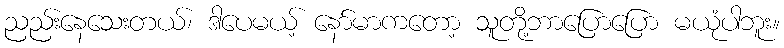
ညည်းနေသေးတယ်၊ ဒါပေမယ့် နော်မာကတော့ သူတို့ဘာပြောပြော မယုံပါဘူး။